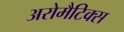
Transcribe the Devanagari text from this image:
अरोमैटिक्स